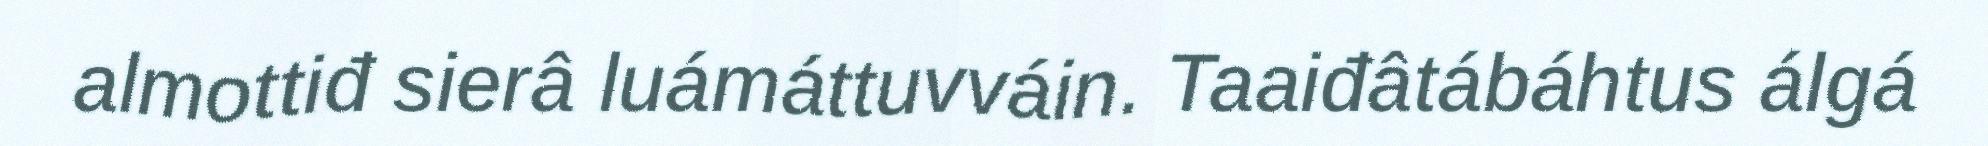
almottiđ sierâ luámáttuvváin. Taaiđâtábáhtus álgá